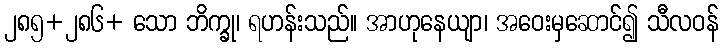
၂၈၅+၂၈၆+ သော ဘိက္ခု၊ ရဟန်းသည်။ အာဟုနေယျာ၊ အဝေးမှဆောင်၍ သီလဝန်